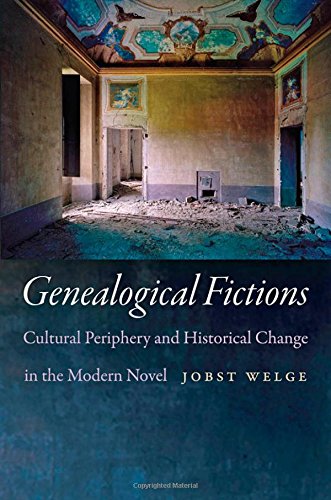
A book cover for Genealogical Fictions: Cultural Periphery and Historical Change in the Modern Novel; Jobst Welge; Literature & Fiction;